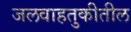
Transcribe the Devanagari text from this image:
जलवाहतुकीतील